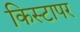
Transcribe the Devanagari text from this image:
किस्टापर